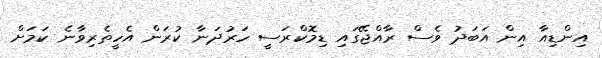
އިންޑިއާ އިން އަބަދު ވެސް ރާއްޖޭގައި ޑިމޮކްރަސީ ހަރުދަނާ ކުރަން އެހީތެރިވާނެ ކަމަށް